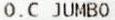
O.C JUMBO